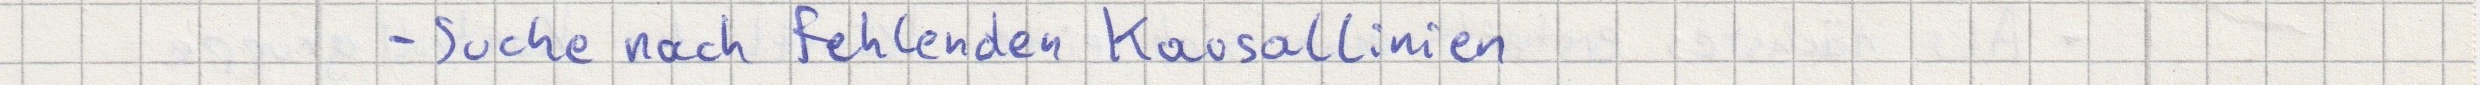
- Suche nach fehlenden Kausallinien